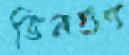
তিনগুণ